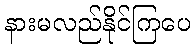
နားမလည်နိုင်ကြပေ